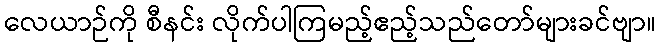
လေယာဉ်ကို စီနင်း လိုက်ပါကြမည့်ဧည့်သည်တော်များခင်ဗျာ။